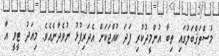
މުސްތަޤްބަލުގައި ތިބާ އުންމީދުކުރި ފަދަ ކުއްޖަކަށް އެދަރިފުޅު ނުވެދާނެއެވެ. މިއަދު ޓީވީ އާ